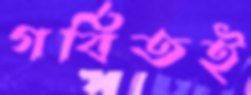
গর্বিতই